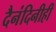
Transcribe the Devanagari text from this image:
दैनंदिनीही